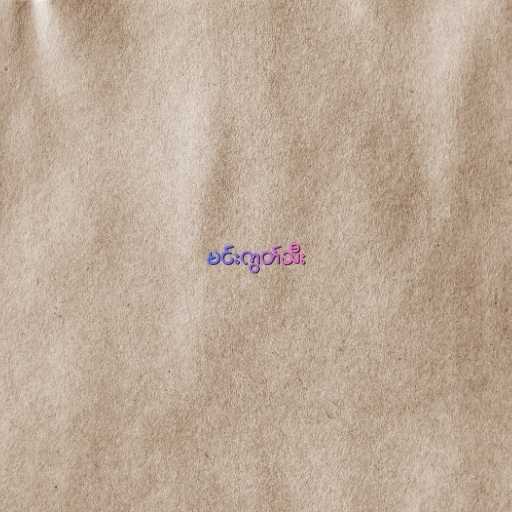
မင်းကွတ်သီး